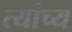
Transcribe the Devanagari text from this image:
त्यांच्य